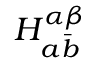
H _ { a { \bar { b } } } ^ { \alpha \beta }